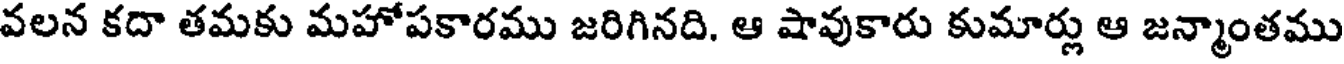
వలన కదా తమకు మహోపకారము జరిగినది. ఆ షావుకారు కుమార్లు ఆ జన్మాంతము